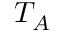
T _ { A }